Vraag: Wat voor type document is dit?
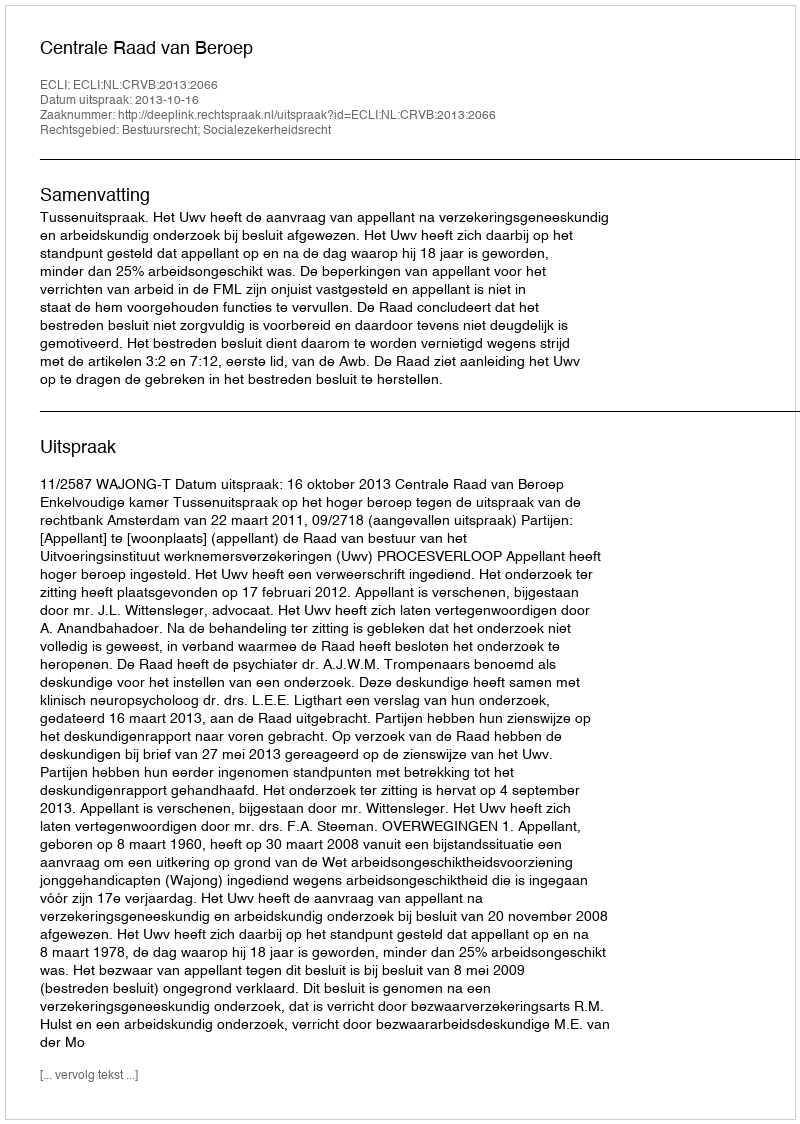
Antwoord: Uitspraak